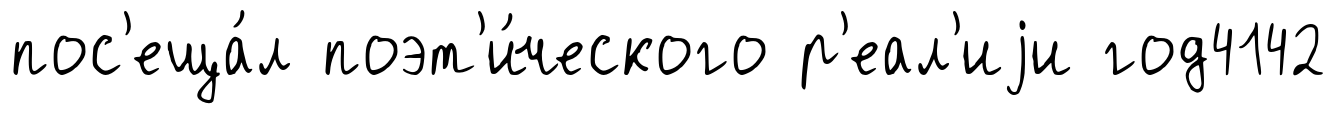
пос'еща́л поэт'и́ческого р'еал'иjи год4142